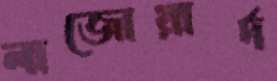
লাজোয়ার্দ